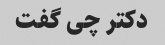
دکتر چی گفت